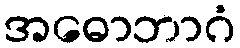
အဓောဘာဂံ